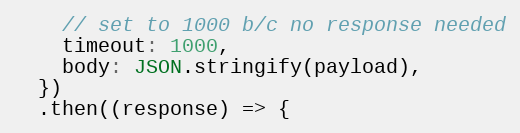
Language: JavaScript
    // set to 1000 b/c no response needed
    timeout: 1000,
    body: JSON.stringify(payload),
  })
  .then((response) => {